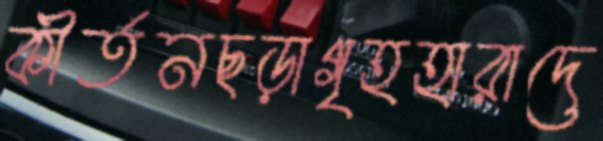
কীর্তনছড়াগৃহহারাদে